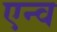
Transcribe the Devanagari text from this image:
एन्व